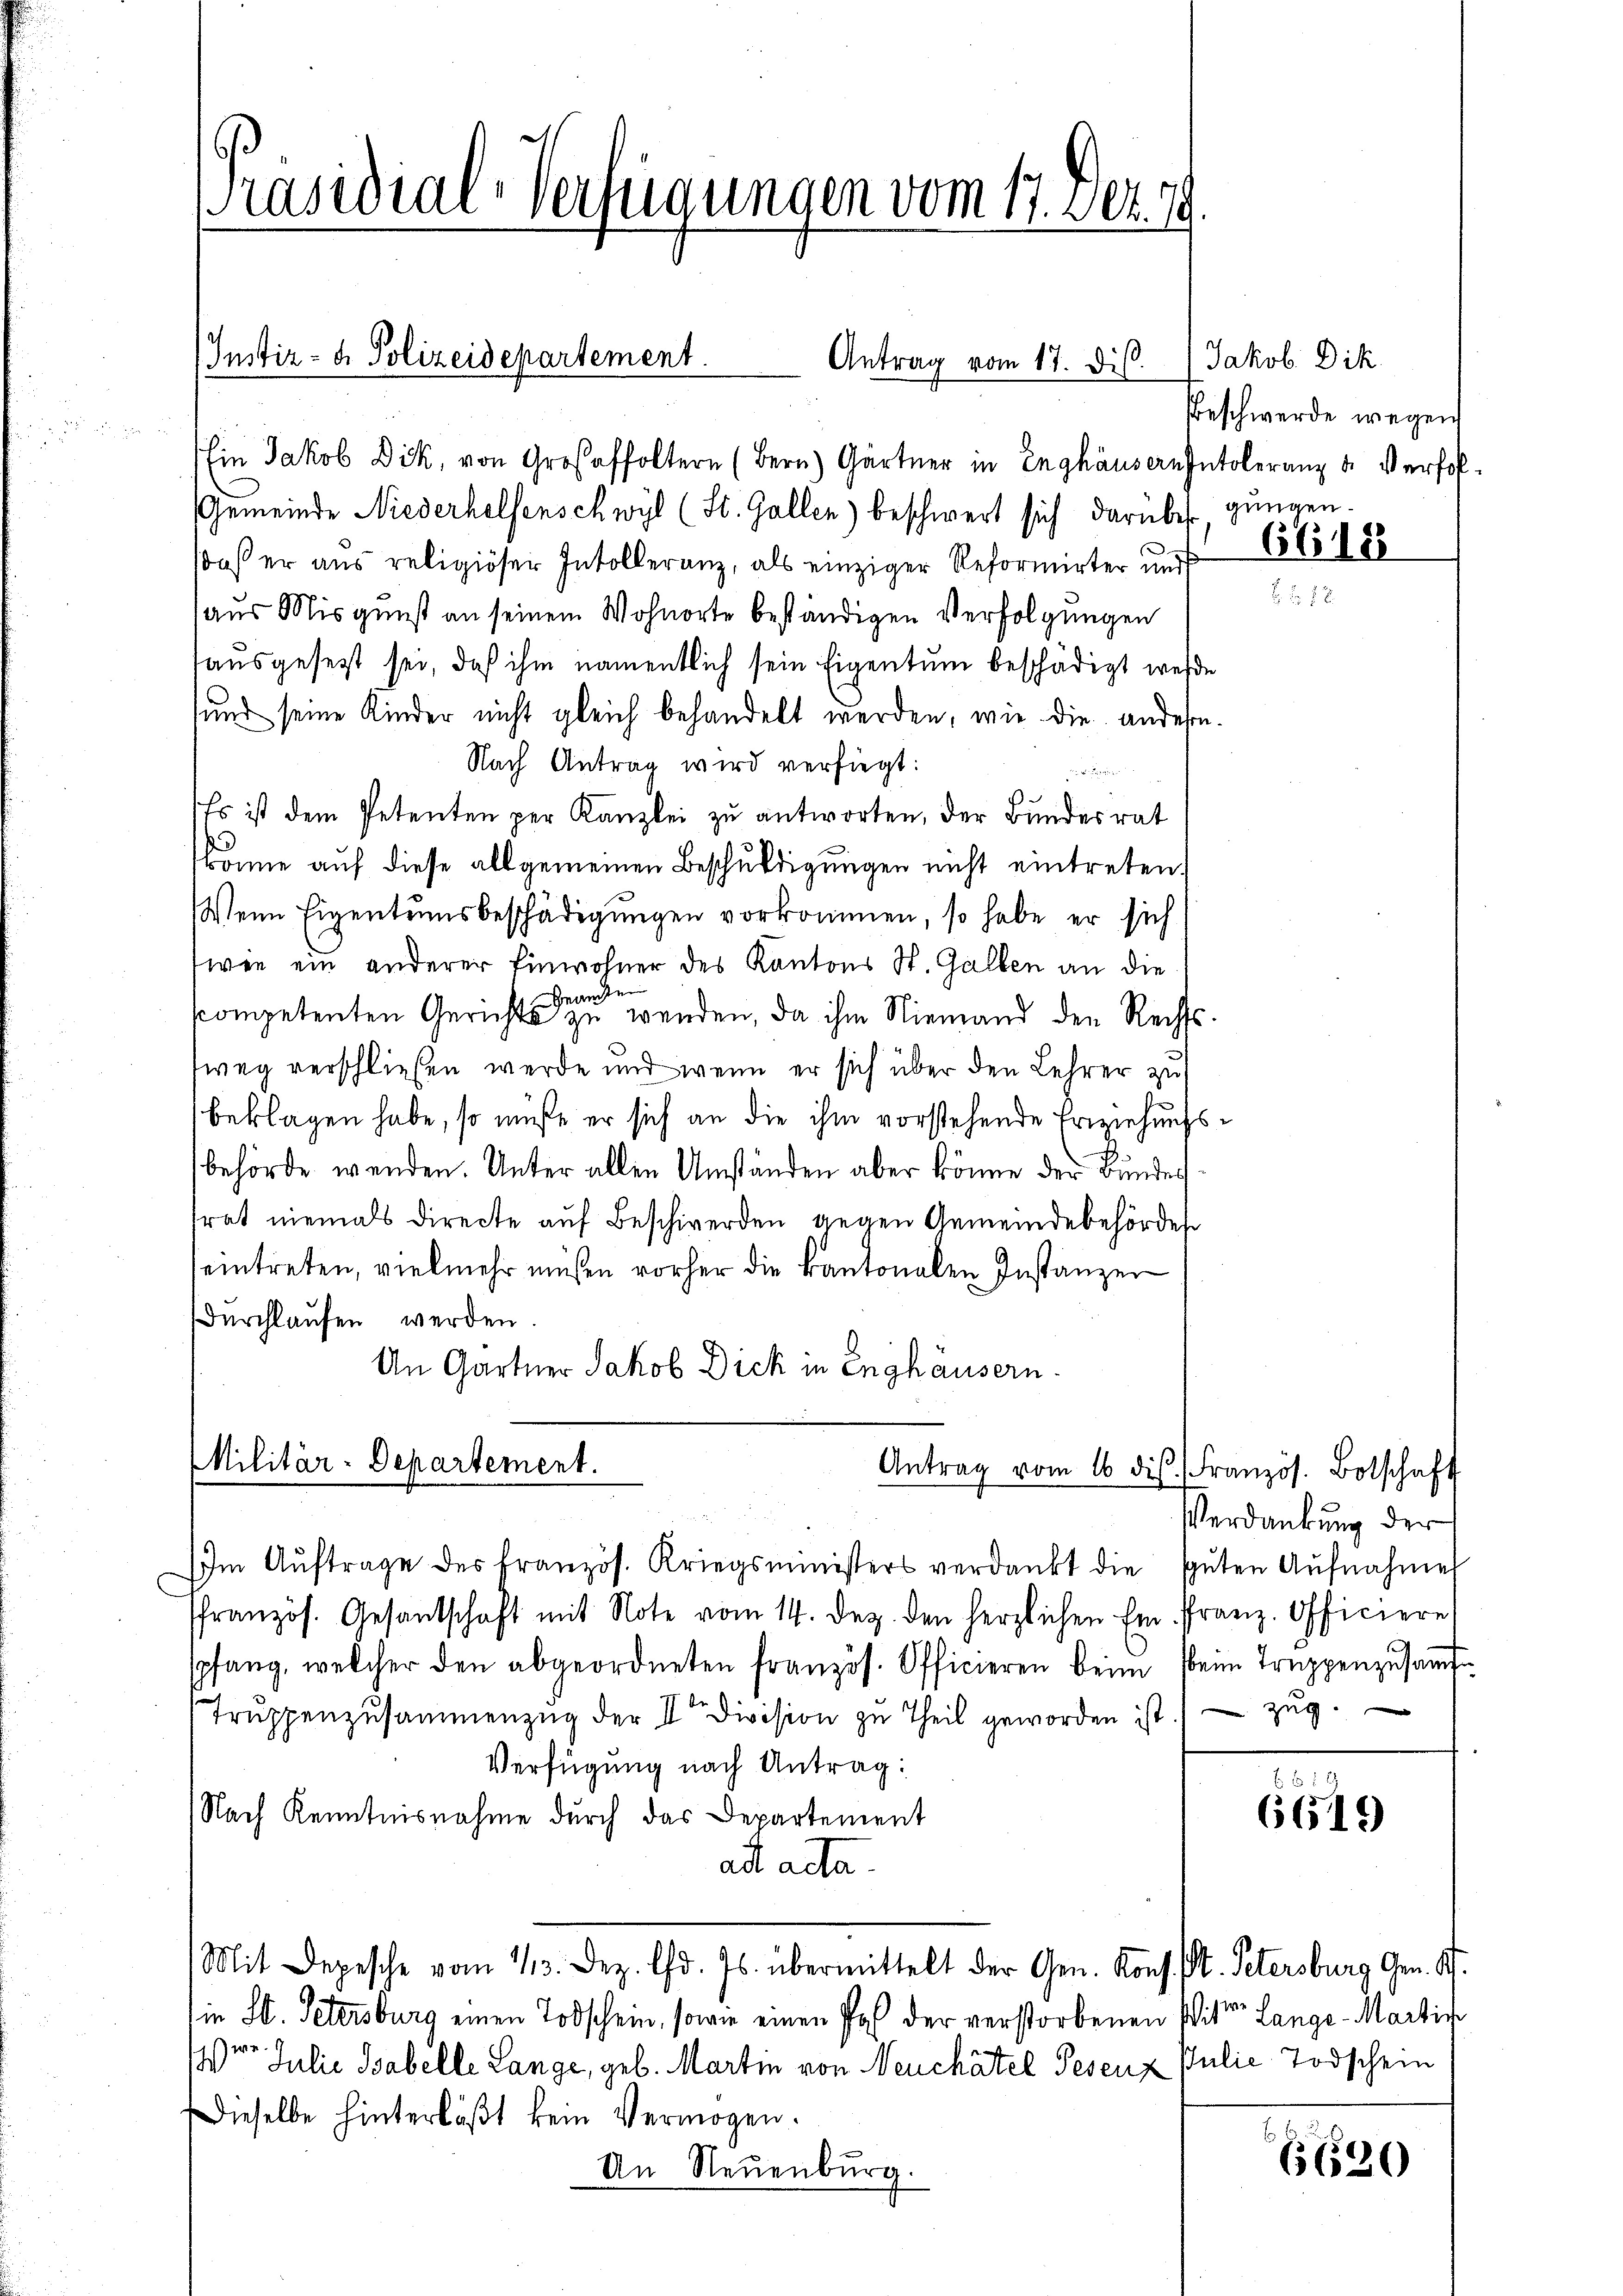
Ein Jakob Dik, von Großeltern (Bern) Gärtner in Enghäusern Intoleranz u. Verfol¬
Gemeinde Niederhelfenschwyl (St. Gallen) beschwert sich darüber gungen.
daß er aus religiöser Insolleranz, als einziger Reformirter und
aus Misgunst an seinem Wohnorte beständigen Verfolgungen
tausgesetzt sei, daß ihm namentlich sein Eigentum beschädigt werde
sund seine Kinder nicht gleich behandelt werden, wie die andesen.
Nach Antrag wird verfiegt:
Es ist dem Petenten per Kanzlei zu antworten, der Bundesrat
könne auf diese allgemeinen Beschuldigungen nicht eintreten,
Wenn Eigentumsbeschädigungen vorkommen, so habe er sich
wie ein anderer Einwohner des Kantons St. Gallen an die
Granden
scompetenten Gerichts zu wenden, da ihm Niemand den Rechtsfweg verschließen werde und wenn er sich über den Lehrer zu
beklagen habe, so müße er sich an die ihm vorstehende Erziehungsbehörde wenden. Unter allen Umständen aber könne der Bundestrat niemals directe auf Beschwerden gegen Gemeindebehörde
eintreten, vielmehr müßen vorher die kantonalen Instanzen
dŭrchlaŭfen werden.
An Gärtner Jakob Dick in Enghäusern.

Militär-Departement.

[Präsidial-Verfügungen vom 17. Dez.

Justiz- & Polizeidepartement.

Antrag vom 17. Dis

Im Aŭftrage des französ. Kriegsministers verdankt die guten Aŭfnahme
Pfranzös. Gesantschaft mit Note vom 14. Dez. den herzlichen Ein Franz. Officiere
spfang, welcher den abgeordneten französ. Officieren beim beim Truppenzŭsaṁ
Truppenzusammenzug der IIter Division zu Theil geworden ist.) Zug.
Verfügung nach Antrag:
Nach Kenntnisnahme durch das Departement
alt acta.
Mit Depesche vom 13. Dez. d. Js. übermittelt der Gen. Kons. St. Petersburg Gen. S.
in St. Petersburg einen Todschein, sowie einen Pos der verstorbenen Witter Lange Martin
Verer Julia Babelle Lange, geb. Martin von Neuchâtel Pesenz Julie Todschein
Dieselbe hinterläßt kein Vermögen.
An Neuenburg.

Antrag vom 16. ds. Französ. Botschaft

Jakob Dik
Beschwerde wegen
6618

Verdankung der

6619

6620